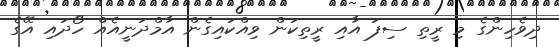
ދިވެހިންގެ މި ރީތި ސިފަ އާއި ރީތިކަން ވިއްކައިގެން އާމްދަނީއެއް ހޯދައި އޭގެ